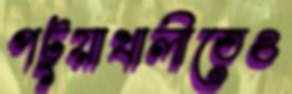
পটুয়াখালীতেও